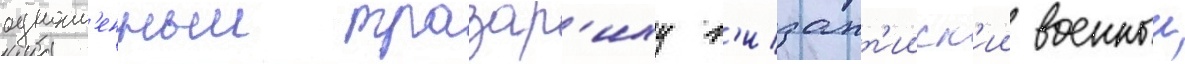
одноим'енныи тразар'иху в'изант'ииск'ии военныи